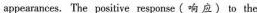
appearanocs, The positive resporse(响应)to the